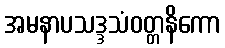
အမနာပသဒ္ဒသံဝတ္တနိကော